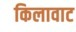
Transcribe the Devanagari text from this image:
किलावाट